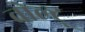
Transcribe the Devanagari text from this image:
वोल्ट्